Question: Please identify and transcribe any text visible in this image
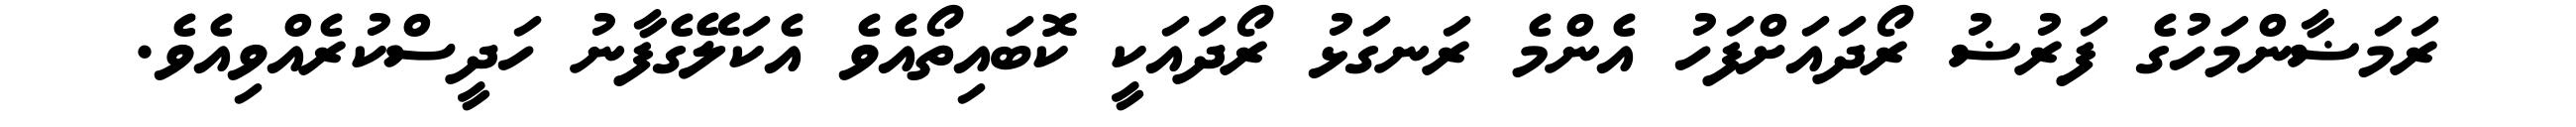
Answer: ރަމަޟާންމަހުގެ ފަރުޟު ރޯދައަށްފަހު އެންމެ ރަނގަޅު ރޯދައަކީ ކޮބައިތޯއެވެ އެކަލޭގެފާނު ހަދީސްކުރެއްވިއެވެ.